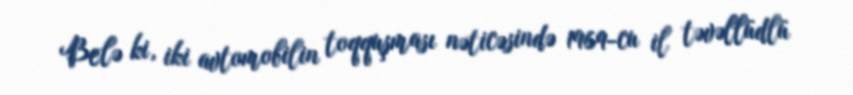
Belə ki, iki avtomobilin toqquşması nəticəsində 1969-cu il təvəllüdlü